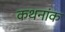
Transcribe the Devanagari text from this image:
कथनांक